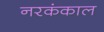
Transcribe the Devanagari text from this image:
नरकंकाल